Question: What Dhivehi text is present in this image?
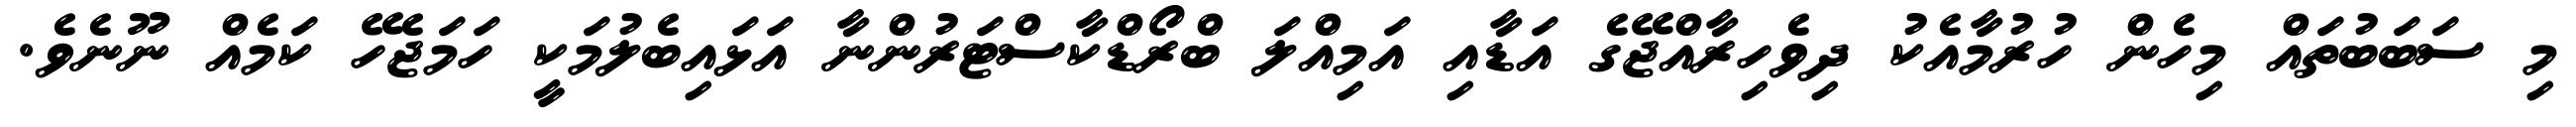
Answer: މި ސަބަބުތައް މިހެން ހުރުމާއެކު ދިވެހިރާއްޖޭގެ އަޑާއި އަމިއްލަ ބްރޯޑްކާސްޓަރުންނާ އަޅައިބެލުމަކީ ހަމަޖެހޭ ކަމެއް ނޫނެވެ.